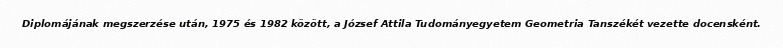
Diplomájának megszerzése után, 1975 és 1982 között, a József Attila Tudományegyetem Geometria Tanszékét vezette docensként.